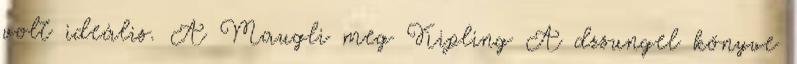
volt ideális. A Maugli meg Kipling A dzsungel könyve